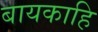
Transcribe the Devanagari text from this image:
बायकाहि